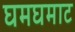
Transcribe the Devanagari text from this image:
घमघमाट